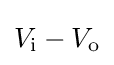
V_{\text{i}}-V_{\text{o}}